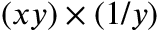
( x y ) \times ( 1 / y )